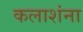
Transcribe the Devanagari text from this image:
कलाशंना